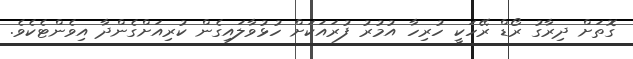
ގޮތަށް ދިރާގު ރޯޑް ރޭހަކީ ހުރިހާ އުމުރު ފުރައަކަށް ހުޅުވާލައިގެން ކުރިއަށްގެންދާ އިވެންޓެކެވެ.